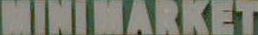
MINIMARKET